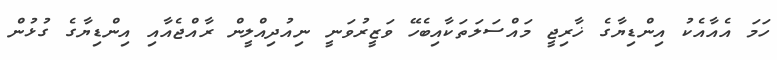
ހަމަ އެއާއެކު އިންޑިޔާގެ ޚާރިޖީ މައްސަލަތަކާއިބެހޭ ވަޒީރުވަނީ ނިއުދިއްލީން ރާއްޖެއާއި އިންޑިޔާގެ ގުޅުން